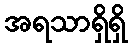
အရသာရှိရှိ